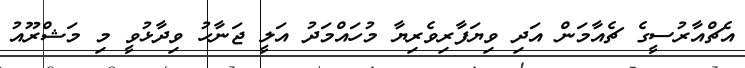
އެޗްއާރުސީގެ ޗެއާމަން އަދި ވިޔަފާރިވެރިޔާ މުހައްމަދު އަލީ ޖަނާހު ވިދާޅުވީ މި މަޝްރޫއު